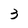
Character: 3